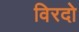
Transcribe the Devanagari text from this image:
विरदो